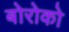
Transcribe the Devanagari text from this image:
बोरोको